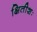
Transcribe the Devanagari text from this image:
क्षितीशः